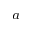
^ { a }